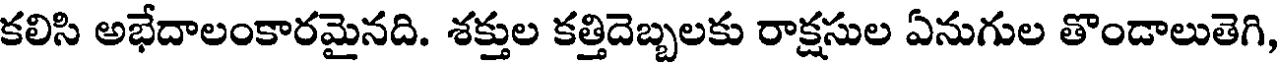
కలిసి అభేదాలంకారమైనది. శక్తుల కత్తిదెబ్బలకు రాక్షసుల ఏనుగుల తొండాలుతెగి,